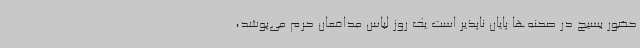
حضور بسیج در صحنه‌ها پایان ناپذیر است یک روز لباس مدافعان حرم می‌پوشد،